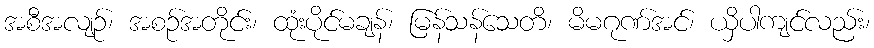
အစီအလျဉ်၊ အစဉ်အတိုင်း၊ ထုံးပိုင်မချန်၊ မြန်သန်သေတိ၊ မိမဂုဏ်အင်၊ ယှိပါကျင်လည်း၊